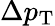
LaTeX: \Delta p_{\mathrm{T}}